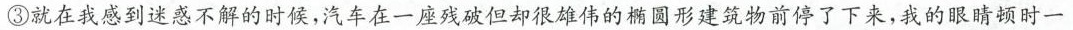
③就在我感到迷惑不解的时候，汽车在一座残破但却很雄伟的椭圆形建筑物前停了下来，我的眼睛顿时一